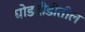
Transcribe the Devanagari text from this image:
घोडदौडीतील